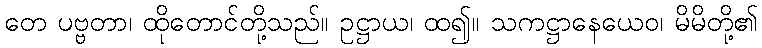
တေ ပဗ္ဗတာ၊ ထိုတောင်တို့သည်။ ဥဋ္ဌာယ၊ ထ၍။ သကဋ္ဌာနေယေဝ၊ မိမိတို့၏